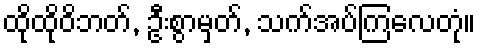
ထိုထိုဝိဘတ်, ဦးစွာမှတ်, သက်အပ်ကြလေတုံ။